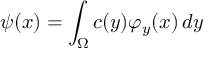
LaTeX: \psi ( x ) = \int _ { \Omega } c ( y ) \varphi _ { y } ( x ) \, d y